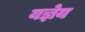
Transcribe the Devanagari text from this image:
यज्ञेय